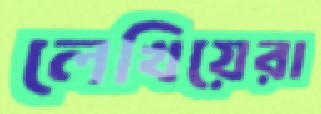
লেখিয়েরা